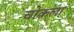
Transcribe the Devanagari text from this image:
चोकला